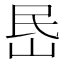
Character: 𡶘